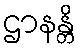
ဌာနန္တိ